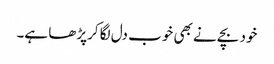
خود بچے نے بھی خوب دل لگا کرپڑھا ہے۔